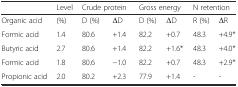
|  | Level | <COLSPAN=2> Crude protein | <COLSPAN=2> Gross energy | <COLSPAN=2> N retention |
 | --- | --- | --- | --- | --- | --- | --- | --- |
 | Organic acid | (%) | D (%) | ΔD | D (%) | ΔD | R (%) | ΔR |
 | Formic acid | 1.4 | 80.6 | +1.4 | 82.2 | +0.7 | 48.3 | +4.9* |
 | Butyric acid | 2.7 | 80.6 | +1.4 | 82.2 | +1.6* | 48.3 | +4.0* |
 | Formic acid | 1.8 | 80.6 | −1.0 | 82.2 | +0.7 | 48.3 | +2.9* |
 | Propionic acid | 2.0 | 80.2 | +2.3 | 77.9 | +1.4 | - | - |